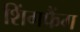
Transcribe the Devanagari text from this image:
शिंगफैंग